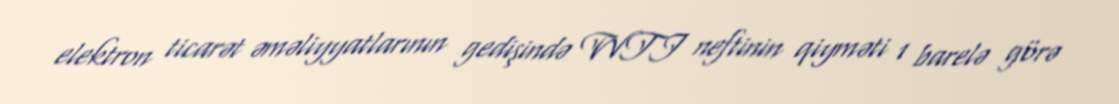
elektron ticarət əməliyyatlarının gedişində WTI neftinin qiyməti 1 barelə görə